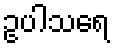
ဥပါသရေ